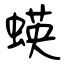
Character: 蝧